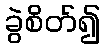
ခွဲစိတ်၍